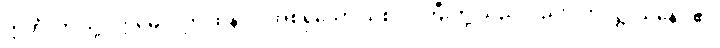
ဣတိ၊ ဤသို့။ ဣမေပိ၊ ဤထိန်ပင် အစရှိသော သစ်ပင်ကြီးတို့ သည်လည်း။ ကပ္ပဋ္ဌာယိနော ဧဝ